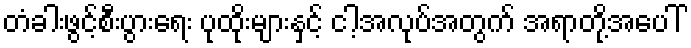
တံခါးဖွင့်စီးပွားရေး ပုထိုးများနှင့် ငါ့အလုပ်အတွက် အရာတို့အပေါ်